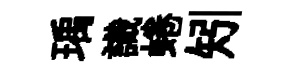
瑀識蜷矧